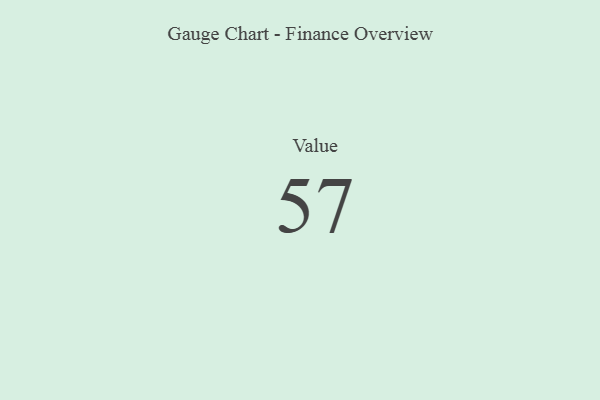
{"axis": {"x": "Metric", "y": "Value"}, "legend": [""], "data": [{"x": "Value", "y": 57, "type": ""}]}